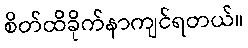
စိတ်ထိခိုက်နာကျင်ရတယ်။